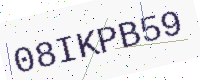
Text: 08IKPB59